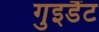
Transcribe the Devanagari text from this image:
गुइडैंट